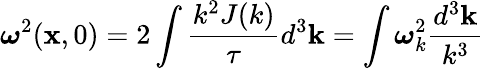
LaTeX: \boldsymbol{\omega}^{2}(\mathbf{x},0)=2\int\frac{k^{2}J(k)}{\tau}d^{3}\mathbf{k}=\int\boldsymbol{\omega}_{k}^{2}\frac{d^{3}\mathbf{k}}{k^{3}}